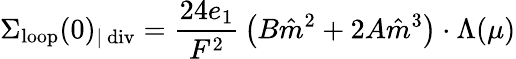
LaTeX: \Sigma_{\mathrm{loop}}(0)_{|\ \mathrm{div}}={\frac{24e_{1}}{F^{2}}}\left(B\hat{m}^{2}+2A\hat{m}^{3}\right)\cdot\Lambda(\mu)